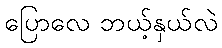
ပြောလေ ဘယ့်နှယ်လဲ